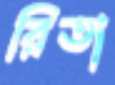
রিতা